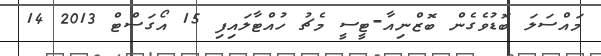
މައްސަލަ ބޮޑުވެގެން ބޮޒްނިއާ-ޓީސީ މެޗު ހުއްޓާލައިފި 15 އޯގަސްޓް 2013 14